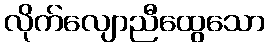
လိုက်လျောညီထွေသော